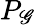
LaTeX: P_{\mathscr{G}}